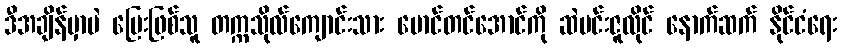
ဒီအချိန်မှာပဲ မြေးဖြစ်သူ တက္ကသိုလ်ကျောင်းသား မောင်တင်အောင်ကို ဆဲဗင်းဇူလိုင် နောက်ဆက် နိုင်ငံရေး